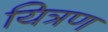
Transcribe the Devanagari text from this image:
यित्रण